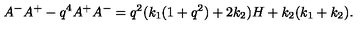
A ^ { - } A ^ { + } - q ^ { 4 } A ^ { + } A ^ { - } = q ^ { 2 } ( k _ { 1 } ( 1 + q ^ { 2 } ) + 2 k _ { 2 } ) H + k _ { 2 } ( k _ { 1 } + k _ { 2 } ) .